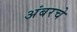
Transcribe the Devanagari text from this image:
अंबरचे